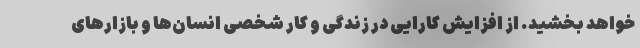
خواهد بخشید. از افزایش کارایی در زندگی و کار شخصی انسان‌ها و بازارهای